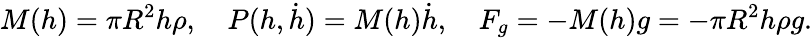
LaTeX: M(h)=\pi R^{2}h\rho,\quad P(h,\dot{h})=M(h)\dot{h},\quad F_{g}=-M(h)g=-\pi R^{2}h\rho g.